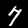
Label: 7